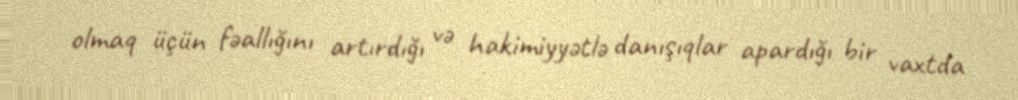
olmaq üçün fəallığını artırdığı və hakimiyyətlə danışıqlar apardığı bir vaxtda